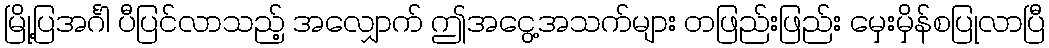
မြို့ပြအင်္ဂါ ပီပြင်လာသည့် အလျှောက် ဤအငွေ့အသက်များ တဖြည်းဖြည်း မှေးမှိန်စပြုလာပြီ